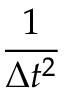
\frac { 1 } { \Delta t ^ { 2 } }